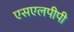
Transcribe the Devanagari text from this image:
एसएलपीपी